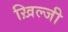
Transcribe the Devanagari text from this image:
ख़िल्जी